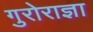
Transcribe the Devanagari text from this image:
गुरोराज्ञा